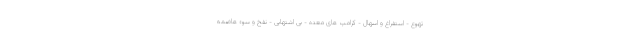
تهوع - استفراغ و اسهال - کرامپ های معده - بی اشتهایی - نفخ و سوء هاضمه